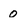
Character: 0